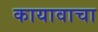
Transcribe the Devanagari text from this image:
कायावाचा